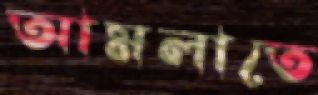
আমলাতে